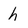
Character: h